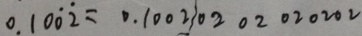
0 . 1 0 \dot { 0 } \dot { 2 } = 0 . 1 0 0 2 0 2 0 2 0 2 0 2 0 2